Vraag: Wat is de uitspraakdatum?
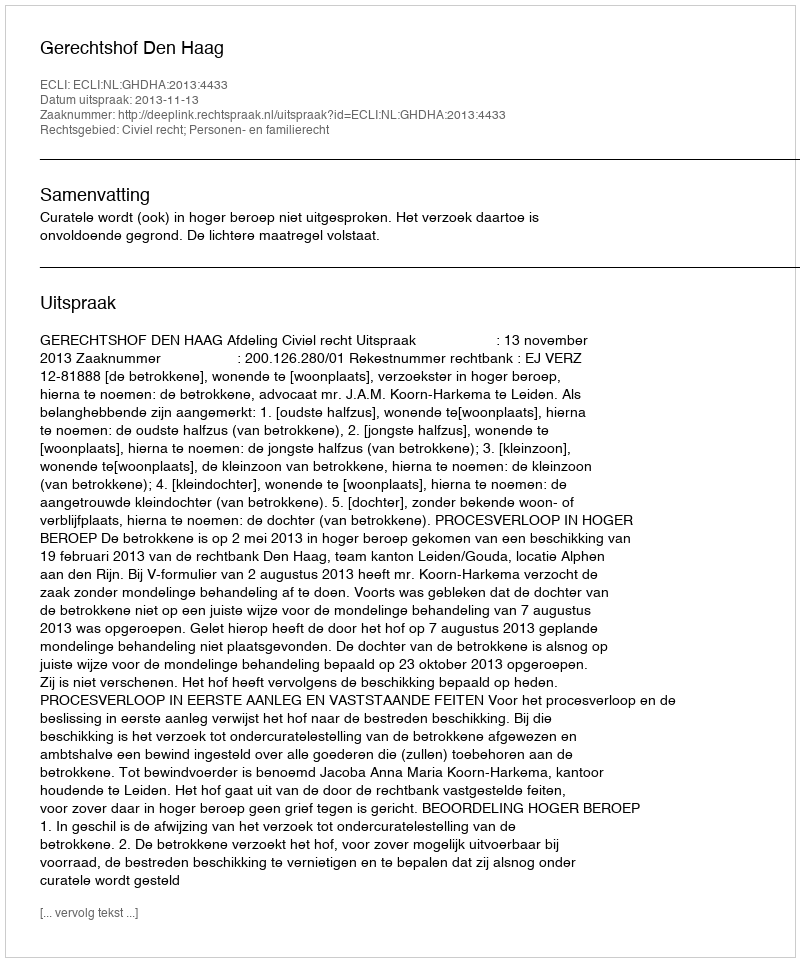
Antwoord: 2013-11-13